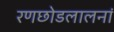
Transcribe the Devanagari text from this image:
रणछोडलालनां